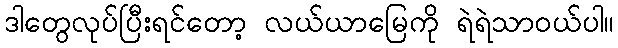
ဒါတွေလုပ်ပြီးရင်တော့ လယ်ယာမြေကို ရဲရဲသာဝယ်ပါ။